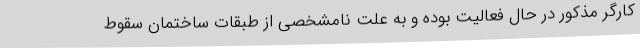
کارگر مذکور در حال فعالیت بوده و به علت نامشخصی از طبقات ساختمان سقوط